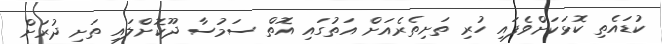
ކުޑައެތި ކޮޅަކަށްވެފައި ހުރި ތަށިތެރެއަށް އަތުގައި އޮތް ސަމުސާ ދޫކޮށްލައި ތަށި ދުރަށް